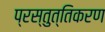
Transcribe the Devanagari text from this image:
प्रस्तुत्तिकरण